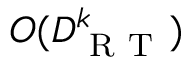
O ( D _ { \mathrm { ~ R ~ T ~ } } ^ { k } )